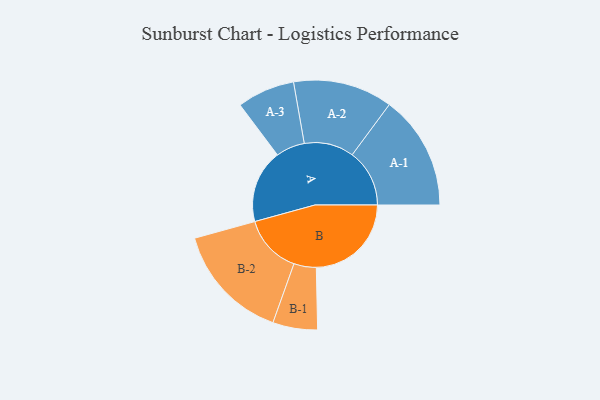
{"axis": {"x": "Segment", "y": "Value"}, "legend": ["", "A", "B"], "data": [{"x": "A", "y": 338, "type": ""}, {"x": "B", "y": 438, "type": ""}, {"x": "A-1", "y": 264, "type": "A"}, {"x": "A-2", "y": 229, "type": "A"}, {"x": "A-3", "y": 133, "type": "A"}, {"x": "B-1", "y": 103, "type": "B"}, {"x": "B-2", "y": 271, "type": "B"}]}